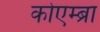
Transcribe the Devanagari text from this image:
कोएम्ब्रा